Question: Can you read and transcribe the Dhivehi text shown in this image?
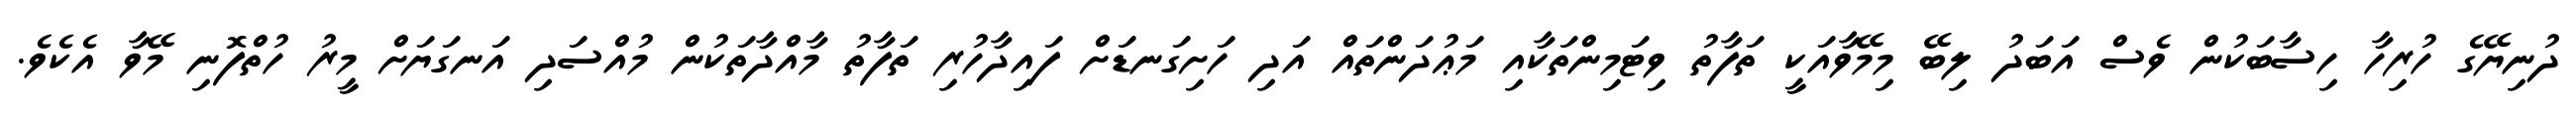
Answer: ދުނިޔޭގެ ހުރިހާ ހިސާބަކުން ވެސް އަބަދު ލިބޭ މިމޭވާއަކީ ތަފާތު ވިޓަމިންތަކާއި މަޢުދަންތައް އަދި ހަށިގަނޑަށް ފައިދާހުރި ތަފާތު މާއްދާތަކުން މުއްސަދި އަނގަޔަށް މީރު ހުތްފޮނި މޭވާ އެކެވެ.